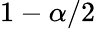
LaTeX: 1-\alpha/2